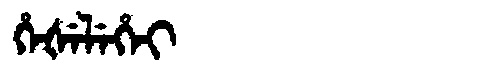
Manchu: ᡥᡝᡧᡝᠯᡝᡥᡝᡳ
Romanization: HEŠELEHEI